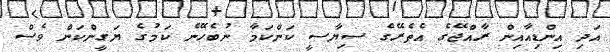
އަދި އިންޑިއާއިން ރާއްޖޭގެ އެތެރޭގެ ސިޔާސީ ކަންކަމާ ނުބެހޭނެ ކަމުގެ ޔަގީންކަން ވެސް